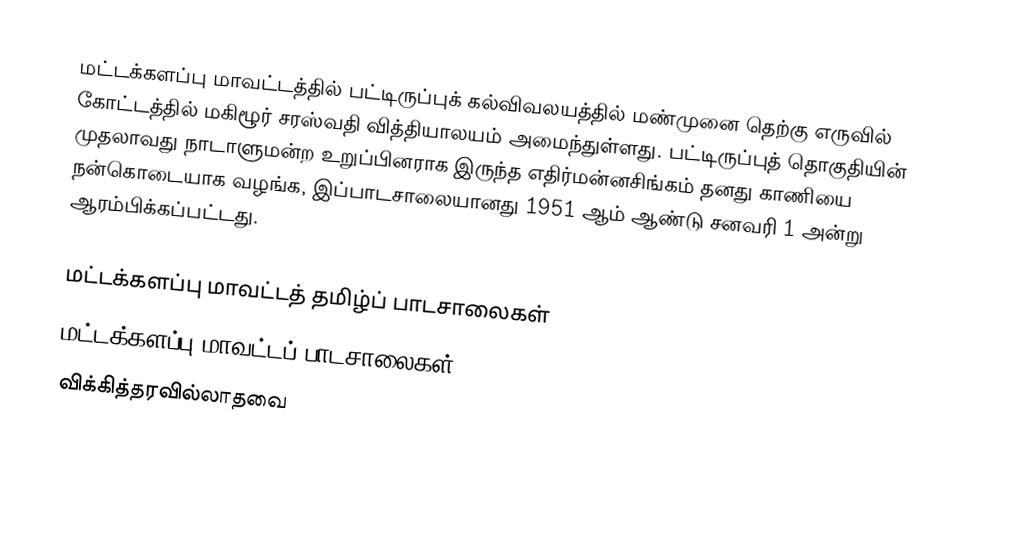
மட்டக்களப்பு மாவட்டத்தில் பட்டிருப்புக் கல்விவலயத்தில் மண்முனை தெற்கு எருவில் கோட்டத்தில் மகிழூர் சரஸ்வதி வித்தியாலயம் அமைந்துள்ளது. பட்டிருப்புத் தொகுதியின் முதலாவது நாடாளுமன்ற உறுப்பினராக இருந்த எதிர்மன்னசிங்கம் தனது காணியை நன்கொடையாக வழங்க, இப்பாடசாலையானது 1951 ஆம் ஆண்டு சனவரி 1 அன்று ஆரம்பிக்கப்பட்டது.

மட்டக்களப்பு மாவட்டத் தமிழ்ப் பாடசாலைகள்
மட்டக்களப்பு மாவட்டப் பாடசாலைகள்
விக்கித்தரவில்லாதவை